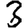
Digit: 3